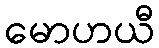
မောဟယီ